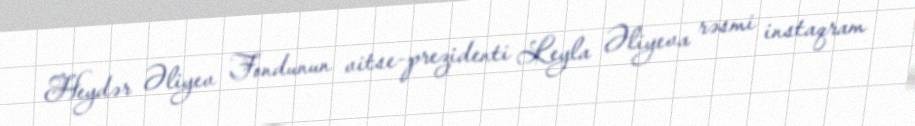
Heydər Əliyev Fondunun vitse-prezidenti Leyla Əliyeva rəsmi instaqram